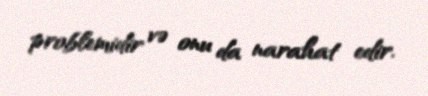
problemidir və onu da narahat edir.